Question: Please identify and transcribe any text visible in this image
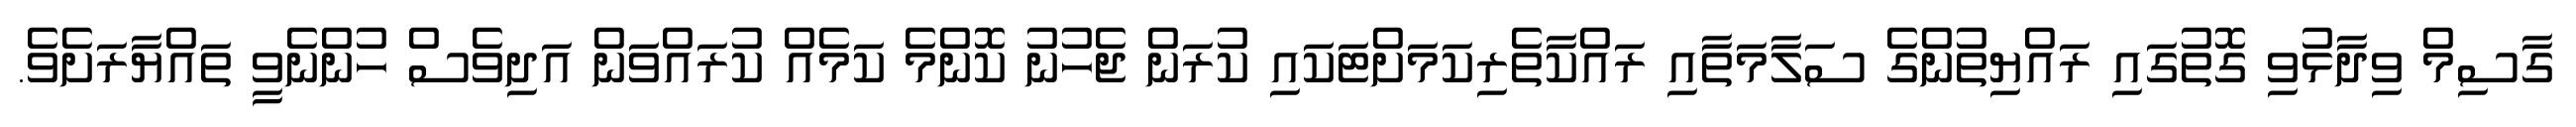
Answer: ގާސިމް ވިދާޅުވި ގޮތުގައި ރައްޔިތުންގެ ސަލާމަތާއި ރައްކާތެރިކަމަށްޓަކައި ކުރަން ޖެހުނު ކޮންމެ ކަމެއް ކުރައްވަން އަދިވެސް ހުންނެވީ ތައްޔާރަށެވެ.